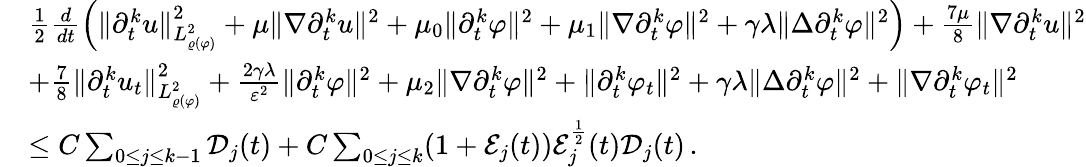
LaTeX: \begin{array}{rl}&{\frac{1}{2}\frac{d}{dt}\Big(\| \partial_{t}^{k}u\| _{L_{\varrho(\varphi)}^{2}}^{2}+\mu\| \nabla\partial_{t}^{k}u\| ^{2}+\mu_{0}\| \partial_{t}^{k}\varphi\| ^{2}+\mu_{1}\| \nabla\partial_{t}^{k}\varphi\| ^{2}+\gamma\lambda\| \Delta\partial_{t}^{k}\varphi\| ^{2}\Big)+\frac{7\mu}{8}\| \nabla\partial_{t}^{k}u\| ^{2}}\\ &{+\frac{7}{8}\| \partial_{t}^{k}u_{t}\| _{L_{\varrho(\varphi)}^{2}}^{2}+\frac{2\gamma\lambda}{\varepsilon^{2}}\| \partial_{t}^{k}\varphi\| ^{2}+\mu_{2}\| \nabla\partial_{t}^{k}\varphi\| ^{2}+\| \partial_{t}^{k}\varphi_{t}\| ^{2}+\gamma\lambda\| \Delta\partial_{t}^{k}\varphi\| ^{2}+\| \nabla\partial_{t}^{k}\varphi_{t}\| ^{2}}\\ &{\leq C\sum_{0\leq j\leq k-1}\mathcal{D}_{j}(t)+C\sum_{0\leq j\leq k}(1+\mathcal{E}_{j}(t))\mathcal{E}_{j}^{\frac{1}{2}}(t)\mathcal{D}_{j}(t)\, .}\end{array}